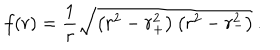
f ( r ) = { \frac { 1 } { r } } \sqrt { \left( r _ { \vphantom + } ^ { 2 } - r _ { + } ^ { 2 } \right) \left( r _ { \vphantom - } ^ { 2 } - r _ { - } ^ { 2 } \right) } \, .